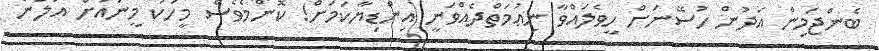
ބެންޖަމިން އަދުން ހުސޭނަށް ހީވެލައްވާ ނިޢުމަތްދެއްވަނީ އިންޑިޔާކަމަށް! ކޮންމެވެސް މީހަކު މީނައަށް އަލުން